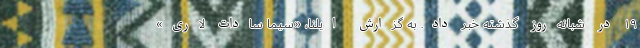
۱۹ در شبانه‌روز گذشته خبر داد. به گزارش ایلنا، «سیما سادات لاری»